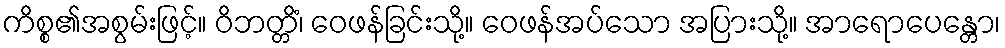
ကိစ္စ၏အစွမ်းဖြင့်။ ဝိဘတ္တိံ၊ ဝေဖန်ခြင်းသို့။ ဝေဖန်အပ်သော အပြားသို့။ အာရောပေန္တော၊